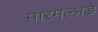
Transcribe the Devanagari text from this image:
मारमलाडे